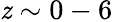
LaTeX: \mathit{z}\sim0-6